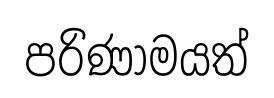
පරිණාමයත්